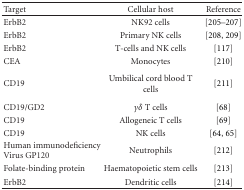
<table><thead><tr><td><b>Target</b></td><td><b>Cellular host</b></td><td><b>Reference</b></td></tr></thead><tbody><tr><td>ErbB2</td><td>NK92 cells</td><td>[205–207]</td></tr><tr><td>ErbB2</td><td>Primary NK cells</td><td>[208, 209]</td></tr><tr><td>ErbB2</td><td>T-cells and NK cells</td><td>[117]</td></tr><tr><td>CEA</td><td>Monocytes</td><td>[210]</td></tr><tr><td>CD19</td><td>Umbilical cord blood T cells</td><td>[211] </td></tr><tr><td>CD19/GD2</td><td><i>γδ</i> T cells</td><td>[68]</td></tr><tr><td>CD19</td><td>Allogeneic T cells</td><td>[69]</td></tr><tr><td>CD19</td><td>NK cells</td><td>[64, 65]</td></tr><tr><td>Human immunodeficiency Virus GP120</td><td>Neutrophils</td><td>[212]</td></tr><tr><td>Folate-binding protein</td><td>Haematopoietic stem cells</td><td>[213]</td></tr><tr><td>ErbB2</td><td>Dendritic cells</td><td>[214]</td></tr></tbody></table>